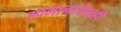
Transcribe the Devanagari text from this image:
उपमानापेक्षाही